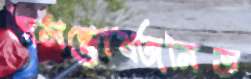
অসন্তোষজনিত